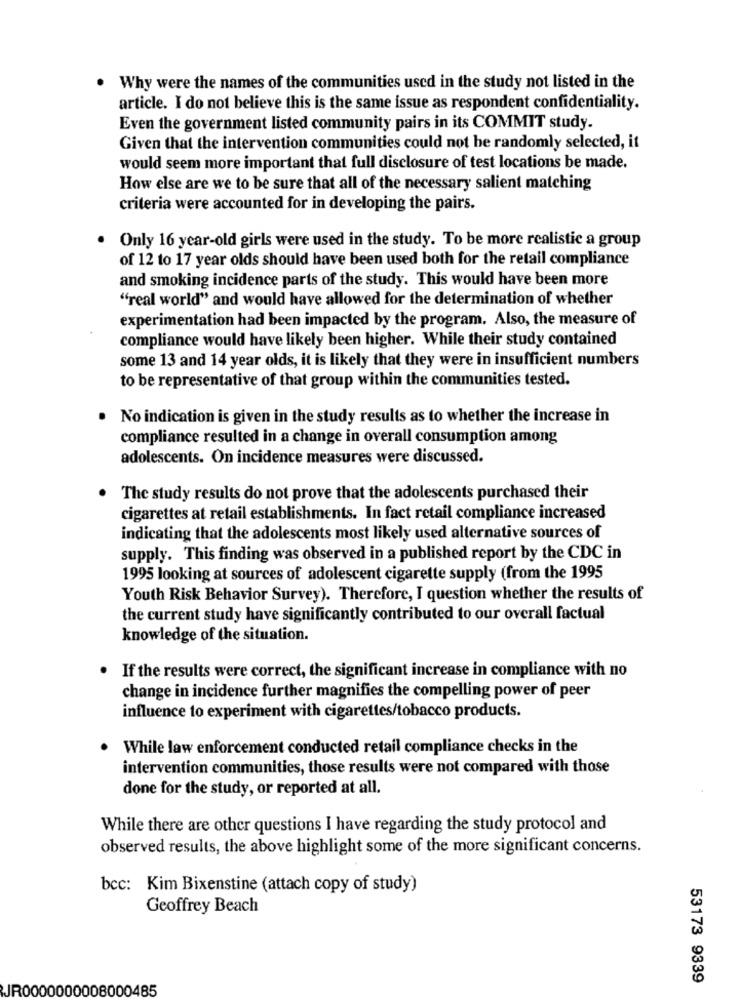
. Why were the names of the communities used in the study not listed in the
article. I do not believe this is the same issue as respondent confidentiality.
Even the government listed community pairs in its COMMIT study.
Given that the intervention communities could not be randomly selected, it
would seem more important that full disclosure of test locations be made.
How else are we to be sure that all of the necessary salient matching
criteria were accounted for in developing the pairs.
Only 16 year-old girls were used in the study. To be more realistic a group
of 12 to 17 year olds should have been used both for the retail compliance
and smoking incidence parts of the study. This would have been more
"real world" and would have allowed for the determination of whether
experimentation had been impacted by the program. Also, the measure of
compliance would have likely been higher. While their study contained
some 13 and 14 year olds, it is likely that they were in insufficient numbers
to be representative of that group within the communities tested.
. No indication is given in the study results as to whether the increase in
compliance resulted in a change in overall consumption among
adolescents. On incidence measures were discussed.
The study results do not prove that the adolescents purchased their
cigarettes at retail establishments. In fact retail compliance increased
indicating that the adolescents most likely used alternative sources of
supply. This finding was observed in a published report by the CDC in
1995 looking at sources of adolescent cigarette supply (from the 1995
Youth Risk Behavior Survey). Therefore, I question whether the results of
the current study have significantly contributed to our overall factual
knowledge of the situation.
If the results were correct, the significant increase in compliance with no
change in incidence further magnifies the compelling power of peer
influence to experiment with cigarettes/tobacco products.
While law enforcement conducted retail compliance checks in the
intervention communities, those results were not compared with those
done for the study, or reported at all.
While there are other questions I have regarding the study protocol and
observed results, the above highlight some of the more significant concerns.
bcc: Kim Bixenstine (attach copy of study)
Geoffrey Beach
53173 9339
JR0000000008000485